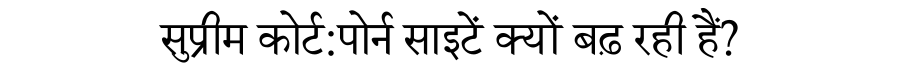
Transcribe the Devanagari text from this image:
सुप्रीम कोर्ट:पोर्न साइटें क्यों बढ़ रही हैं?